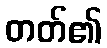
တတ်၏